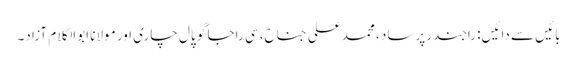
بائیں سے دائیں: راجندر پرساد ، محمدعلی جناح، سی راجا گو پال چاری اور مولانا ابوالکلام آزاد۔